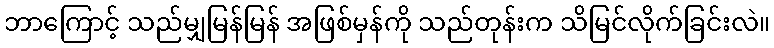
ဘာကြောင့် သည်မျှမြန်မြန် အဖြစ်မှန်ကို သည်တုန်းက သိမြင်လိုက်ခြင်းလဲ။